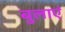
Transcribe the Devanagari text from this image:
बुलाएं